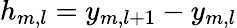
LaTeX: h_{m,l}=y_{m,l+1}-y_{m,l}